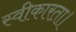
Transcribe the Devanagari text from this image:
स्वीकारता।